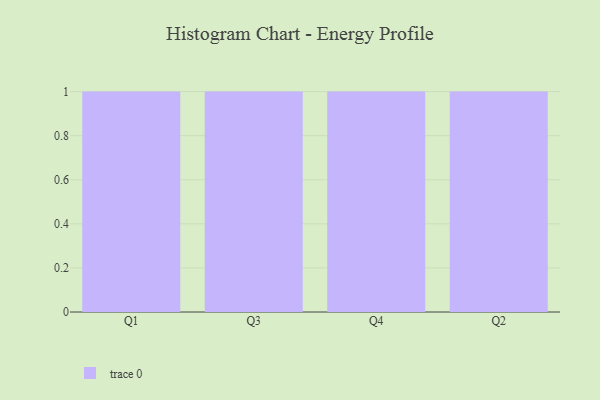
{"axis": {"x": "Quarter", "y": "Temperature (°C)"}, "legend": [""], "data": [{"x": "Q1", "y": 81, "type": ""}, {"x": "Q3", "y": 18, "type": ""}, {"x": "Q4", "y": 3, "type": ""}, {"x": "Q2", "y": 88, "type": ""}]}